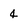
Character: 4